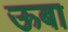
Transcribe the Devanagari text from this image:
ऊबा